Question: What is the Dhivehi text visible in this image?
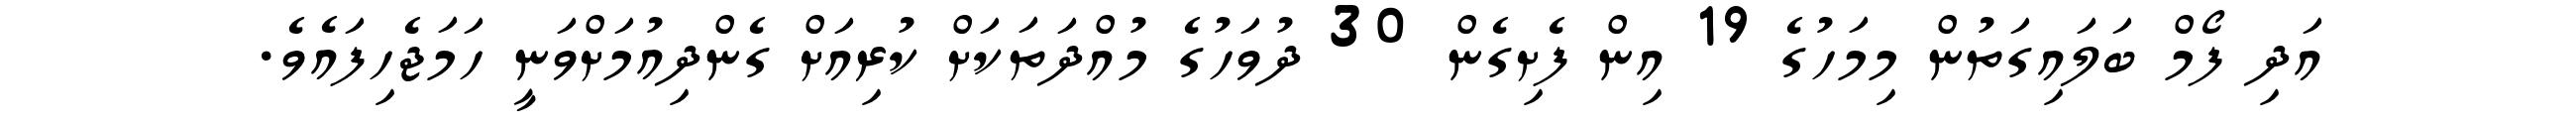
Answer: އަދި ފޯމް ބަލައިގަތުން މިމަހުގެ 19 އިން ފެށިގެން 30 ދުވަހުގެ މުއްދަތަކަށް ކުރިއަށް ގެންދިއުމަށްވަނީ ހަމަޖެހިފައެވެ.